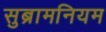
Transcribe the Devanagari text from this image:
सुब्रामनियम